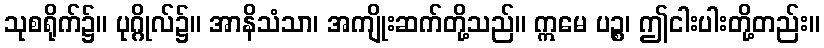
သုစရိုက်၌။ ပုဂ္ဂိုလ်၌။ အာနိသံသာ၊ အကျိုးဆက်တို့သည်။ ဣမေ ပဉ္စ၊ ဤငါးပါးတို့တည်း။